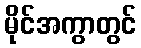
မိုင်အကွာတွင်